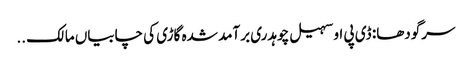
سرگودھا: ڈی پی او سہیل چوہدری برآمد شدہ گاڑی کی چابیاں مالک ..